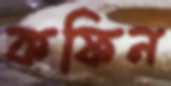
কফিন